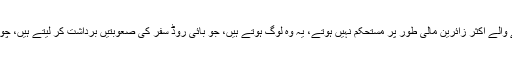
دوسری طرف یہ بھی ایک حقیقت ہے کہ بائی روڈ سفر کرنے والے اکثر زائرین مالی طور پر مستحکم نہیں ہوتے، یہ وہ لوگ ہوتے ہیں، جو بائی روڈ سفر کی صعوبتیں برداشت کر لیتے ہیں، چونکہ ان میں پاس بائی ایئر ٹکٹس خریدنے کی سکت نہیں ہوتی۔